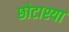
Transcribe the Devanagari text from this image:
छोटाश्या